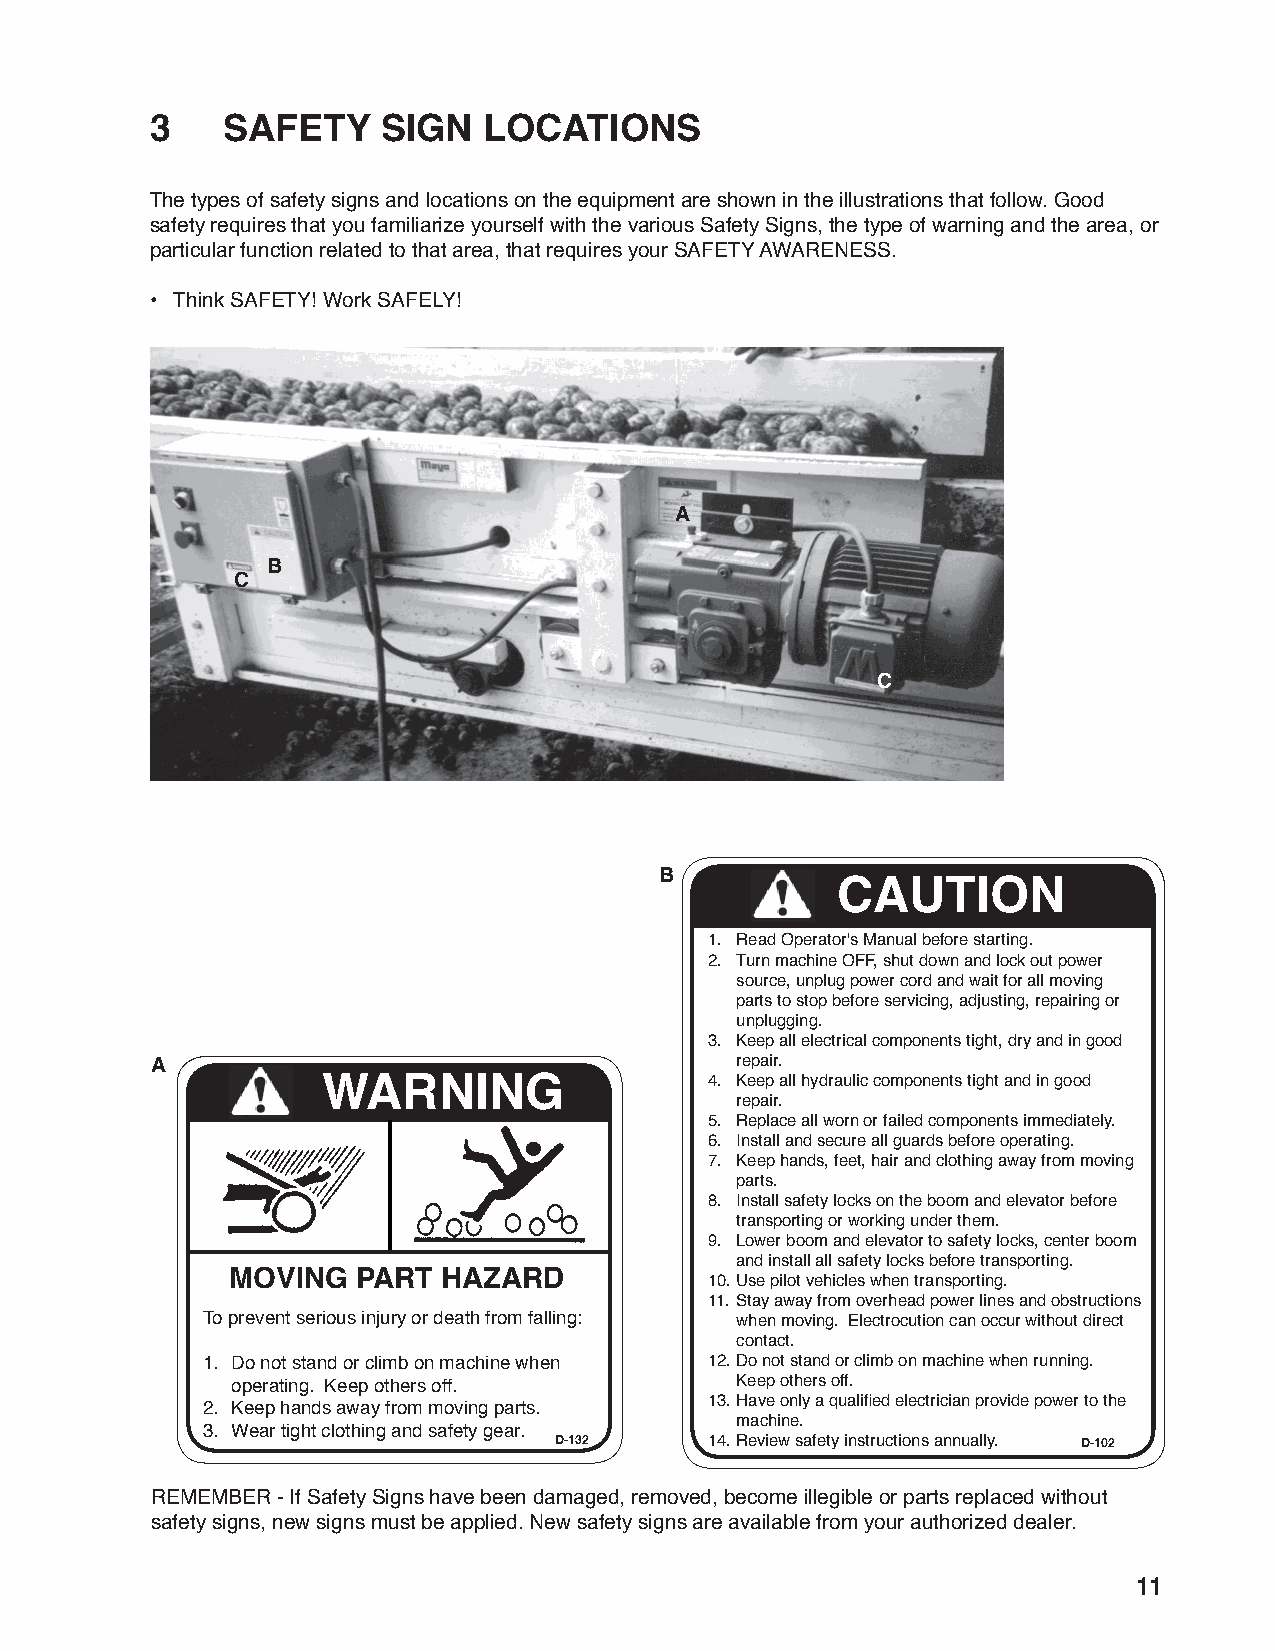
3    SAFETY    SIGN   LOCATIONS
 The types of safety signs and locations on the equipment are shown in the illustrations that follow. Good
 safety requires that you familiarize yourself with the various Safety Signs, the type of warning and the area, or
 particular function related to that area, that requires your SAFETY AWARENESS.
 • Think SAFETY! Work SAFELY!
 A
 B
 C
 C
 B
 CAUTION
 1. Read Operator's Manual before starting.
 2. Turn machine OFF, shut down and lock out power
 source, unplug power cord and wait for all moving
 parts to stop before servicing, adjusting, repairing or
 unplugging.
 3. Keep all electrical components tight, dry and in good
 A                                      repair.
 WARNING                   4. Keep all hydraulic components tight and in good
 repair.
 5. Replace all worn or failed components immediately.
 6. Install and secure all guards before operating.
 7. Keep hands, feet, hair and clothing away from moving
 parts.
 8. Install safety locks on the boom and elevator before
 transporting or working under them.
 9. Lower boom and elevator to safety locks, center boom
 and install all safety locks before transporting.
 MOVING   PART HAZARD
 10. Use pilot vehicles when transporting.
 11. Stay away from overhead power lines and obstructions
 To prevent serious injury or death from falling: when moving. Electrocution can occur without direct
 contact.
 1. Do not stand or climb on machine when 12. Do not stand or climb on machine when running.
 operating. Keep others off.       Keep others off.
 13. Have only a qualifi ed electrician provide power to the
 2. Keep hands away from moving parts.
 machine.
 3. Wear tight clothing and safety gear.
 D-132     14. Review safety instructions annually. D-102
 REMEMBER - If Safety Signs have been damaged, removed, become illegible or parts replaced without
 safety signs, new signs must be applied. New safety signs are available from your authorized dealer.
 11